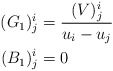
\begin{align*} \begin{aligned} (G_{1})^{i}_{j}&=\frac{(V)^{i}_{j}}{u_{i}-u_{j}}\\ (B_{1})^{i}_{j}&=0 \end{aligned} \end{align*}